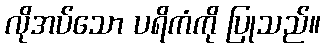
လိုအပ်သော ပရိကံကို ပြုသည်။